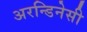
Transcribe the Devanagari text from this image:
अरन्डिनेसी